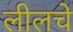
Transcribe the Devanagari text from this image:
लीलचे